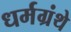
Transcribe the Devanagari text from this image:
धर्मग्रंथे